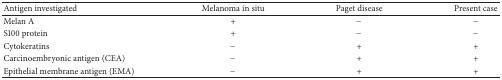
<table><thead><tr><td><b>Antigen investigated</b></td><td><b>Melanoma in situ</b></td><td><b>Paget disease</b></td><td><b>Present case</b></td></tr></thead><tbody><tr><td>Melan A</td><td>+</td><td>−</td><td>−</td></tr><tr><td>S100 protein</td><td>+</td><td>−</td><td>−</td></tr><tr><td>Cytokeratins</td><td>−</td><td>+</td><td>+</td></tr><tr><td>Carcinoembryonic antigen (CEA)</td><td>−</td><td>+</td><td>+</td></tr><tr><td>Epithelial membrane antigen (EMA)</td><td>−</td><td>+</td><td>+</td></tr></tbody></table>